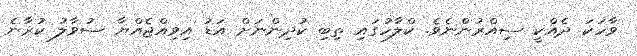
ވާހަކަ ދެއްކީ ސިއްރުންނެވެ. ކްލާހުގައި ތިބި ކުދިންނަށް އަޑު އިވިއްޖެއްޔާ ސުވާލު ކުރާނެ